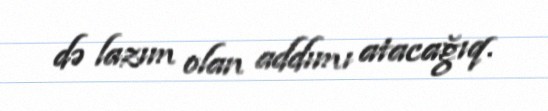
də lazım olan addımı atacağıq.